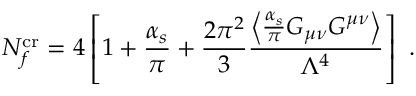
N _ { f } ^ { \mathrm { c r } } = 4 \left[ 1 + \frac { \alpha _ { s } } { \pi } + \frac { 2 \pi ^ { 2 } } { 3 } \frac { \left\langle \frac { \alpha _ { s } } { \pi } G _ { \mu \nu } G ^ { \mu \nu } \right\rangle } { \Lambda ^ { 4 } } \right] \ .